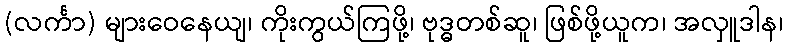
(လင်္ကာ) များဝေနေယျ၊ ကိုးကွယ်ကြဖို့၊ ဗုဒ္ဓတစ်ဆူ၊ ဖြစ်ဖို့ယူက၊ အလှူဒါန၊